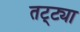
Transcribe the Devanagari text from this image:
तट्ट्या